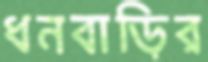
ধনবাড়ির